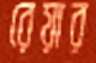
রেয়ার